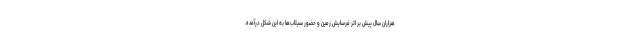
هزاران سال پیش بر اثر فرسایش زمین و حضور سیلاب‌ها به این شکل درآمده.